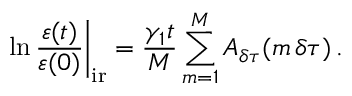
\left. \ln \frac { \varepsilon ( t ) } { \varepsilon ( 0 ) } \right| _ { \mathrm { i r } } = \frac { \gamma _ { 1 } t } { M } \sum _ { m = 1 } ^ { M } A _ { \delta \tau } ( m \, \delta \tau ) \, .